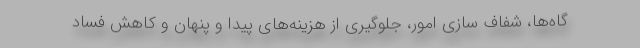
گاه‌ها، شفاف سازی امور، جلوگیری از هزینه‌های پیدا و پنهان و کاهش فساد